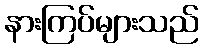
နားကြပ်များသည်